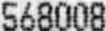
568008